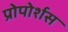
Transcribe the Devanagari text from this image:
प्रोपोर्शस